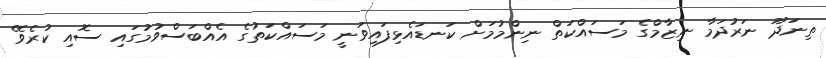
ތިނަދޫ ނަރުދަމާ ނިޒާމްގެ މަސައްކަތް ނިންމުމަށް ކަނޑައެޅިފައިވަނީ މަސައްކަތުގެ އެއްބަސްވުމުގައި ސޮއި ކުރެވޭ